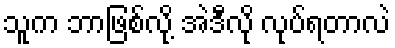
သူက ဘာဖြစ်လို့ အဲဒီလို လုပ်ရတာလဲ